Malarial fevers
Disease focus: Malaria
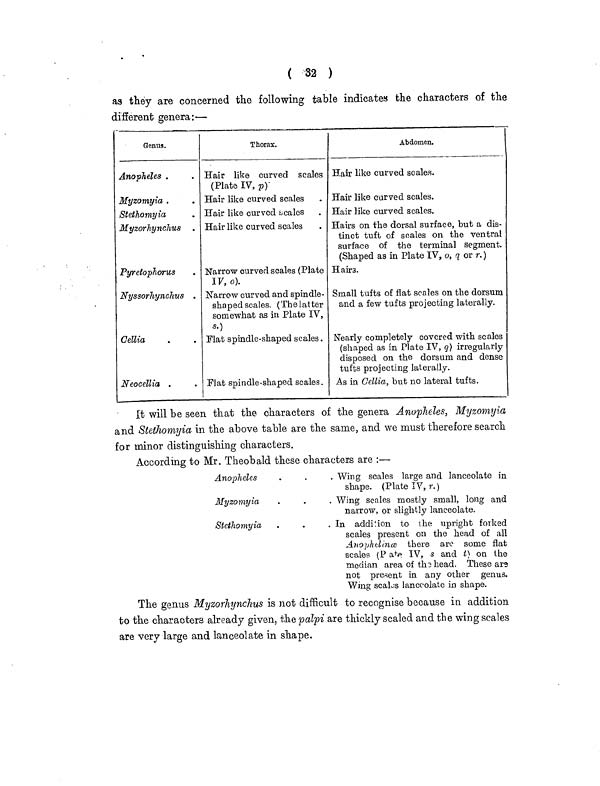
( 32 )
as they are concerned the following table indicates the characters of the
different genera:-—
Genus.
Anopheles .
Myzomyia.
Stethomyia
Myzorhynchus.
Pyretophorus
Nyssorhynchus .
Cellia
Neocellia .
Thorax.
Hair like curved scales
(Plate IV, p)
Hair like curved scales
Hair like curved scales
Hair like curved scales
Narrow curved scales (Plate
IV, o).
Narrow curved and spin die-
shaped scales. (The latter
somewhat as in Plate IV,
8.)
Flat spindle-shaped scales .
Flat spindle-shaped scales.
Abdomen.
Hair like curved scales.
Hair like carved scales.
Hair like curved scales.
Hairs on the dorsal surface, but a dis-
tinct tuft of scales on the ventral
surface of the terminal segment.
(Shaped as in Plate IV, o, q or r. )
Hairs.
Small tufts of flat scales on the dorsum
and a, few tufts projecting laterally.
Nearly completely covered with scales
(shaped as in Plate IV, g) irregularly
disposed on the dorsum and dense
tufts projecting laterally.
As in Cellia, but no lateral tufts.
It will be seen that the characters of the genera Anopheles, Myzomyia
and Stethomyia in the above table are the same, and we must therefore search
for minor distinguishing characters.
According to Mr. Theobald these characters are :—
Anopheles
Myzomyia
Stethomyia
Wing scales large and lanceolate in
shape. (Plate IV, r.)
Wing scales mostly small, long and
narrow, or slightly lanceolate.
In
addition to the upright forked
scales present on the head of all
Anophelince there are some flat
scales (Pate IV, s and t) on the
median area of the head. These ara
not present in any other genus.
Wing scales lanceolate in shape.
The genus Myzorhynchus is not difficult to recognise because in addition
to the characters already given, the palpi are thickly scaled and the wing scales
are very large and lanceolate in shape,